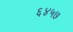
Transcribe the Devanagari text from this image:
६४५७